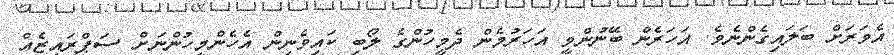
އެވަރަށް ބަލައިގެންނެވެ. އަހަރެން ބޭނުންވީ އަހަރުމެން ދެމީހުންގެ ލޯބި ކައިވެނިން އެހެންމީހުންނަށް ސަޕްރައިޒެއް